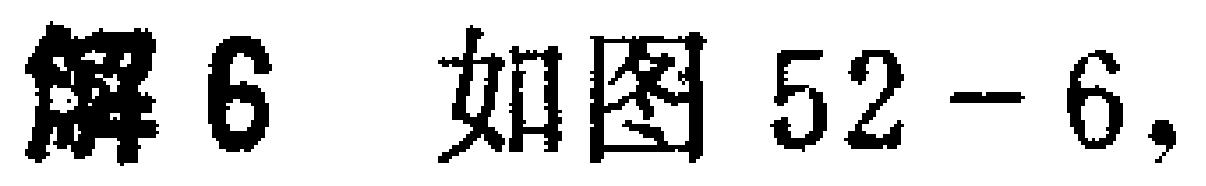
解6 如图52-6，